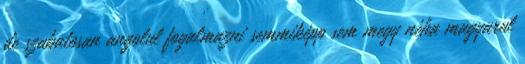
de szabatosan angolul fogalmazni semmiképp sem megy néha magyarul